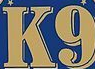
K9